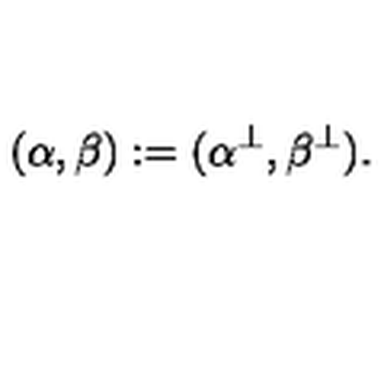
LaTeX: ( \alpha , \beta ) : = ( \alpha ^ { \bot } , \beta ^ { \bot } ) .